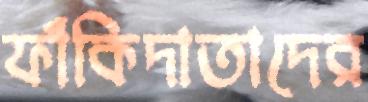
ফাঁকিদাতাদের